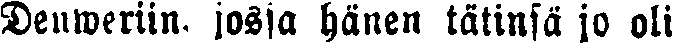
Denweriin, josia hänen tätinsä jo oli